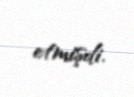
etmişdi.